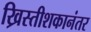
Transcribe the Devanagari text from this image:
ख्रिस्तीशकानंतर